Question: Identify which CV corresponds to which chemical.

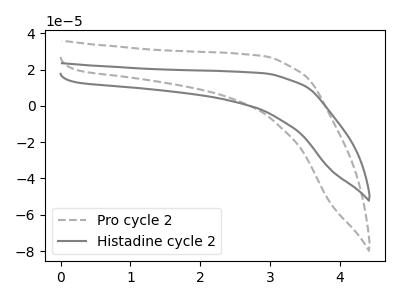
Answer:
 <answer>The gray dashed curve is labeled "Pro cycle 2". The gray curve is labeled "Histadine cycle 2".</answer>
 <eval></eval>